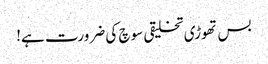
بس تھوڑی تخلیقی سوچ کی ضرورت ہے!